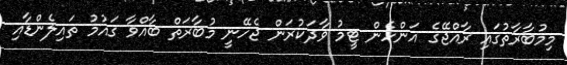
މިމުބާރާތުގައި ރާއްޖޭގެ އަންހެން ޓީމު ވާދަކުރަން ޖެހޭނީ މުބާރަތް ބާއްވާ ގައުމު ތައިލެންޑާއި